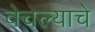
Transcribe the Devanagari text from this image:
वेचल्याचे